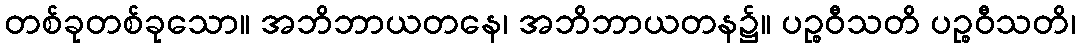
တစ်ခုတစ်ခုသော။ အဘိဘာယတနေ၊ အဘိဘာယတန၌။ ပဉ္စဝီသတိ ပဉ္စဝီသတိ၊